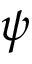
\psi